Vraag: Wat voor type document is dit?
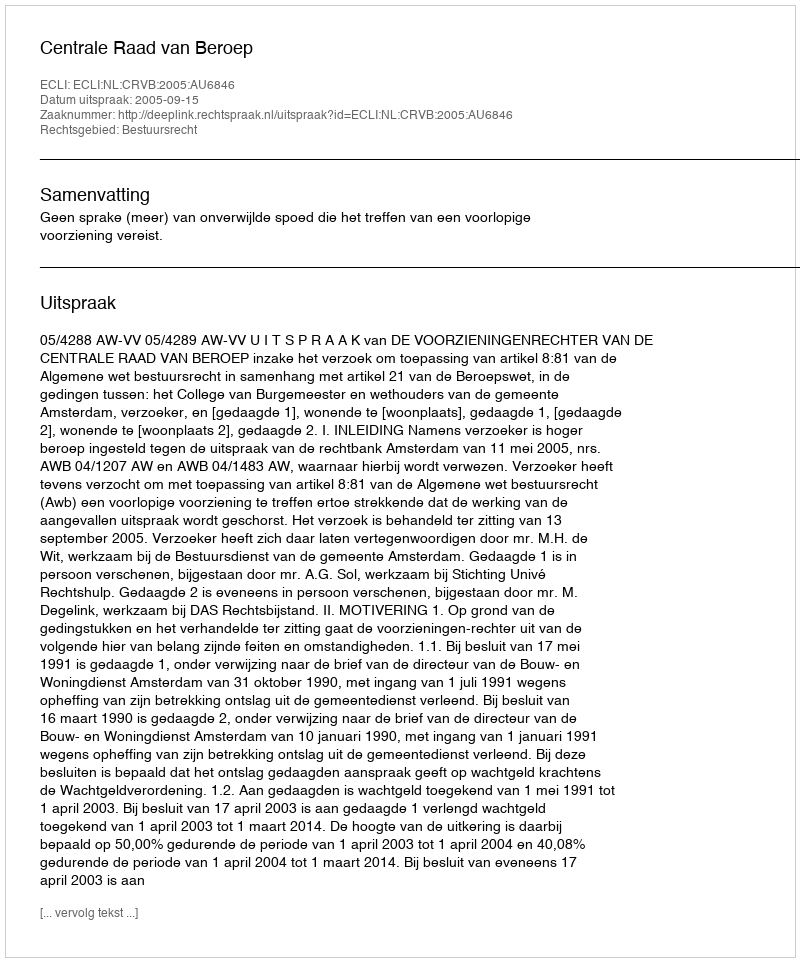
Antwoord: Uitspraak